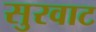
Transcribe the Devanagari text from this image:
सुरवाट